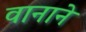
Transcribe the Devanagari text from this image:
वानाने